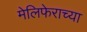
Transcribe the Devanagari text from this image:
मेलिफेराच्या